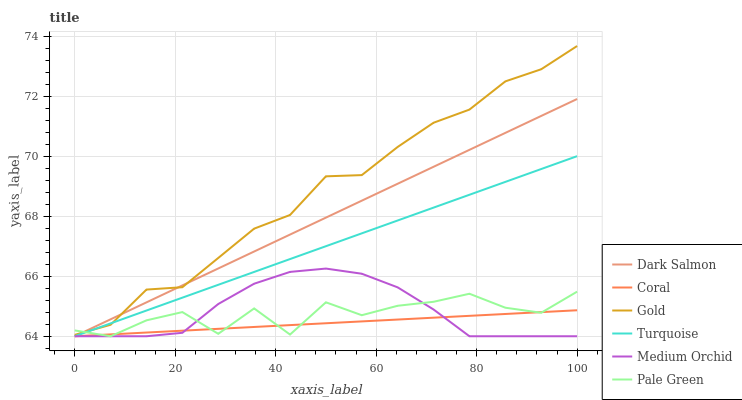
| xaxis_label | Dark Salmon | Coral | Gold | Turquoise | Medium Orchid | Pale Green |
 | --- | --- | --- | --- | --- | --- | --- |
 | 0 | 64 | 64 | 64 | 64 | 64 | 64.2 |
 | 7.14 | 64.6 | 64.1 | 64.4 | 64.4 | 64 | 64 |
 | 14.3 | 65.1 | 64.1 | 65.6 | 64.9 | 64 | 64.5 |
 | 21.4 | 65.7 | 64.2 | 65.6 | 65.3 | 64.1 | 64.8 |
 | 28.6 | 66.3 | 64.2 | 66.6 | 65.7 | 65.1 | 64.1 |
 | 35.7 | 66.8 | 64.3 | 67.6 | 66.1 | 65.8 | 64.9 |
 | 42.9 | 67.4 | 64.4 | 68 | 66.6 | 66.1 | 64.1 |
 | 50 | 68 | 64.4 | 69.3 | 67 | 66.3 | 65.1 |
 | 57.1 | 68.5 | 64.5 | 69.4 | 67.4 | 66.1 | 64.7 |
 | 64.3 | 69.1 | 64.6 | 70.3 | 67.9 | 65.6 | 65 |
 | 71.4 | 69.6 | 64.6 | 71.1 | 68.3 | 64.9 | 65.1 |
 | 78.6 | 70.2 | 64.7 | 71.6 | 68.7 | 64 | 65.4 |
 | 85.7 | 70.8 | 64.7 | 72.5 | 69.1 | 64 | 65 |
 | 92.9 | 71.3 | 64.8 | 72.9 | 69.6 | 64 | 64.8 |
 | 100 | 71.9 | 64.9 | 73.7 | 70 | 64 | 65.5 |